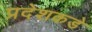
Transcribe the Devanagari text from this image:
प्रदेशकडे